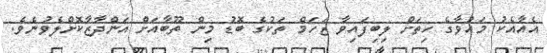
އެއާއެކު މައުވާގެ ހިތަށް ލިބިފައިވާ ޒަހަމް ތަކުގެ ބޮޑު މިން ތޫބާއަށް އަންދާޒާކޮށްލެވުނެވެ.